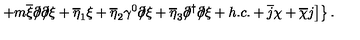
\left. \left. + m \overline { { \xi } } \partial \! \! \! / \partial \! \! \! / \xi + \overline { { \eta } } _ { 1 } \xi + \overline { { \eta } } _ { 2 } \gamma ^ { 0 } \partial \! \! \! / \xi + \overline { { \eta } } _ { 3 } \partial \! \! \! / ^ { \dagger } \partial \! \! \! / \xi + h . c . + \overline { { j } } \chi + \overline { { \chi } } j \right] \right\} .